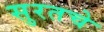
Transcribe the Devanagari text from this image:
सुरतचे